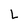
Character: L